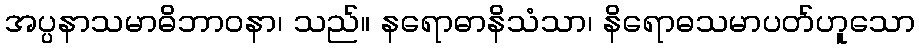
အပ္ပနာသမာဓိဘာဝနာ၊ သည်။ နရောဓာနိသံသာ၊ နိရောဓသမာပတ်ဟူသော